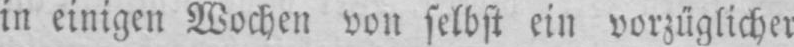
in einigen Wochen von selbst ein vorzüglicher